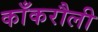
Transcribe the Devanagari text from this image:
काँकरौली